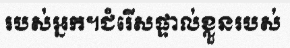
របស់អ្នក។ជំរើសផ្ទាល់ខ្លួនរបស់